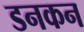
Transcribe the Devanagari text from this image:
डनकन